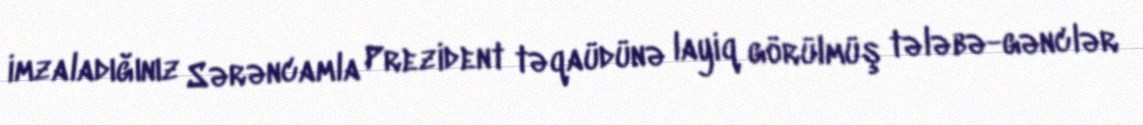
imzaladığınız Sərəncamla Prezident təqaüdünə layiq görülmüş tələbə-gənclər